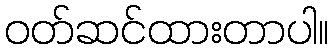
ဝတ်ဆင်ထားတာပါ။